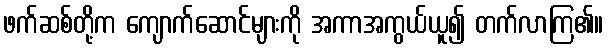
ဖက်ဆစ်တို့က ကျောက်ဆောင်များကို အကာအကွယ်ယူ၍ တက်လာကြ၏။